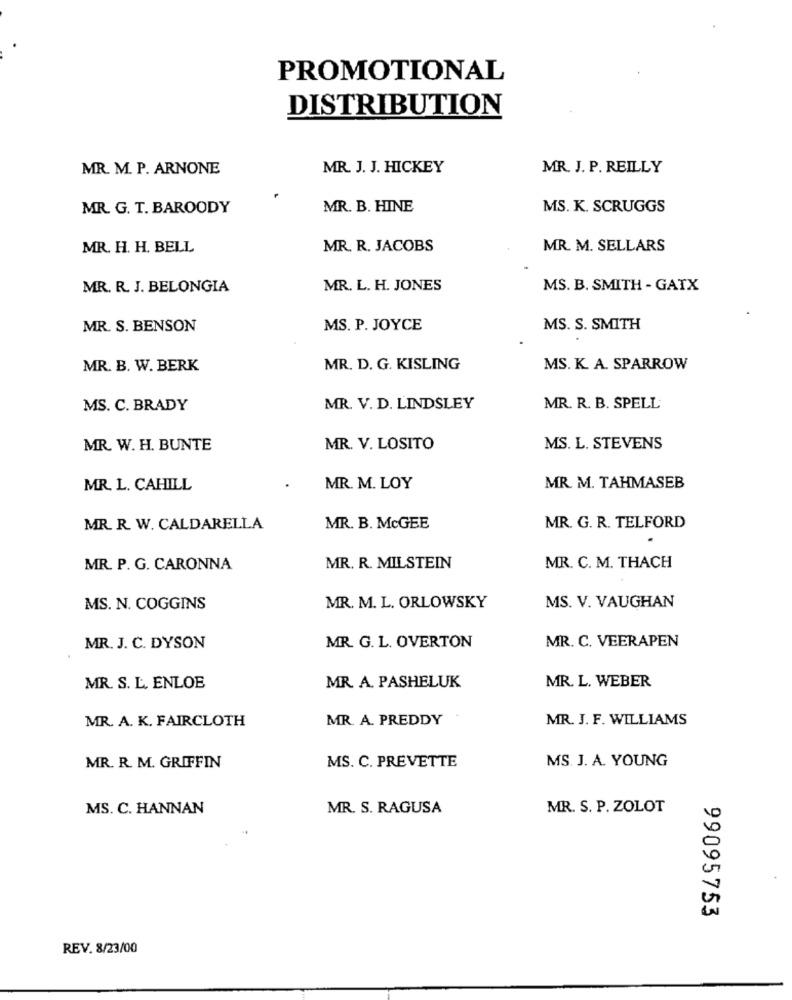
PROMOTIONAL
DISTRIBUTION
MR. M. P. ARNONE
MR. J. J. HICKEY
MR. J. P. REILLY
MR. G. T. BAROODY
MR. B. HINE
MS. K. SCRUGGS
MR. H. H. BELL
MR. R. JACOBS
MR. M. SELLARS
MR. R. J. BELONGIA
MR. L. H. JONES
MS. B. SMITH - GATX
MR. S. BENSON
MS. P. JOYCE
MS. S. SMITH
MR. B. W. BERK
MR. D. G. KISLING
MS. K. A. SPARROW
MS. C. BRADY
MR. V. D. LINDSLEY
MR. R. B. SPELL
MR. W. H. BUNTE
MR. V. LOSITO
MS. L. STEVENS
MR. L. CAHILL
MR. M. LOY
MR. M. TAHMASEB
MR. R. W. CALDARELLA
MR. B. McGEE
MR. G. R. TELFORD
MR. P. G. CARONNA
MR. R. MILSTEIN
MR. C. M. THACH
MS. N. COGGINS
MR. M. L. ORLOWSKY
MS. V. VAUGHAN
MR. C. VEERAPEN
MR. J. C. DYSON
MR. G. L. OVERTON
MR. S. L. ENLOE
MR. A. PASHELUK
MR. L. WEBER
MR. A. K. FAIRCLOTH
MR. A. PREDDY
MR. J. F. WILLIAMS
MS. C. PREVETTE
MS. J. A. YOUNG
MR. R. M. GRIFFIN
MS. C. HANNAN
MR. S. RAGUSA
MR. S. P. ZOLOT
99095753
REV. 8/23/00